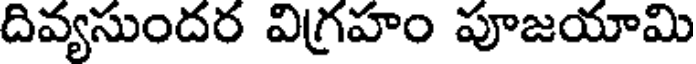
దివ్యసుందర విగ్రహం పూజయామి